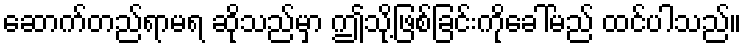
ဆောက်တည်ရာမရ ဆိုသည်မှာ ဤသို့ဖြစ်ခြင်းကိုခေါ်မည် ထင်ပါသည်။